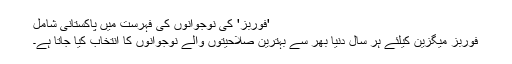
'فوربز' کی نوجوانوں کی فہرست میں پاکستانی شامل
فوربز میگزین کیلئے ہر سال دنیا بھر سے بہترین صلاحیتوں والے نوجوانوں کا انتخاب کیا جاتا ہے۔